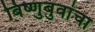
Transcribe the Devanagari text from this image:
बिष्णुबुवांचा